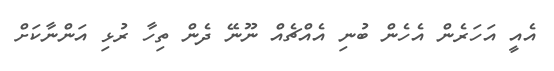
އެއީ އަހަރެން އެހެން ބުނި އެއްޗެއް ނޫނޭ ދެން ތިހާ ރުޅި އަންނާކަށް